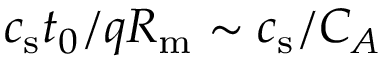
c _ { \mathrm { s } } t _ { 0 } / q R _ { \mathrm { m } } \sim c _ { \mathrm { s } } / C _ { A }